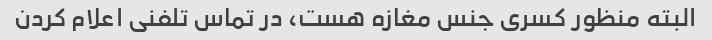
البته منظور کسری جنس مغازه هست، در تماس تلفنی اعلام کردن